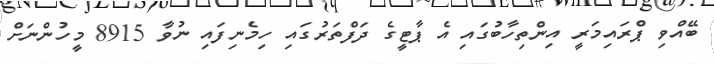
ބޭއްވި ޕްރައިމަރީ އިންތިހާބުގައި އެ ޕާޓީގެ ދަފްތަރުގައި ހިމެނިފައި ނުވާ 8915 މީހުންނަށް